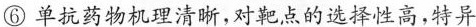
⑥单抗药物机理清晰,对靶点的选择性高,特异